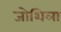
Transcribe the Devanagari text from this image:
जोशिला